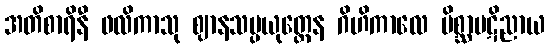
အတိစာရိနီ ဖလိကာသု ဈာနသမ္ပယုတ္တေန ဂိဟိကာလေ မိစ္ဆာပဋိညာယ